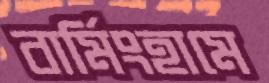
বার্মিংহামে